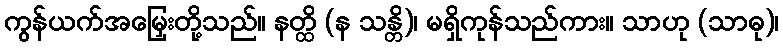
ကွန်ယက်အမြှေးတို့သည်။ နတ္ထိ (န သန္တိ)၊ မရှိကုန်သည်ကား။ သာဟု (သာဓု)၊